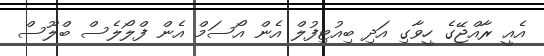
އެއީ ރާއްޖޭގެ ހީވާގި އަދި ބިއުޓިފުލް އެން އޯސަމް އެން ފްލޯލެސް ބްލޫސް